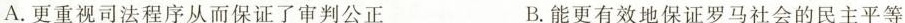
A. 更重视司法程序从而保证了审判公正 B. 能更有效地保证罗马社会的民主平等